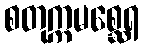
စတုက္ကမစ္ဆေရ